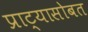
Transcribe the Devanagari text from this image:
प्राट्यासोबत